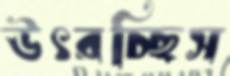
উৎরচ্ছিস